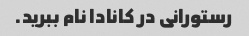
رستورانی در کانادا نام ببرید.